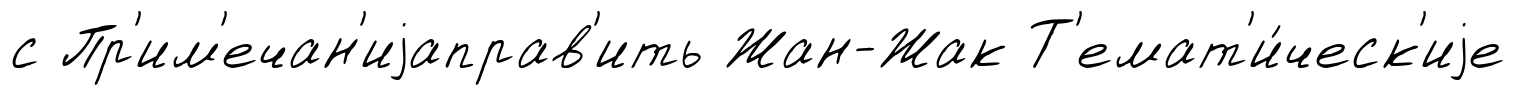
с Пр'им'ечан'иjаправ'ить Жан-Жак Т'емат'и́ческ'иjе